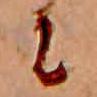
に